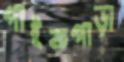
পাইকপাড়া